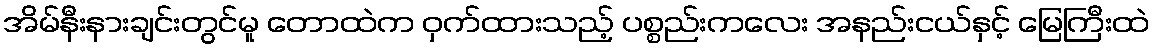
အိမ်နီးနားချင်းတွင်မူ တောထဲက ဝှက်ထားသည့် ပစ္စည်းကလေး အနည်းငယ်နှင့် မြေကြီးထဲ